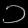
Digit: ၁